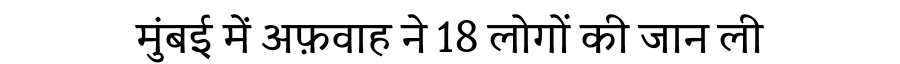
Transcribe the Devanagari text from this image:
मुंबई में अफ़वाह ने 18 लोगों की जान ली